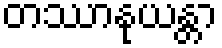
တဿာနုယန္တာ